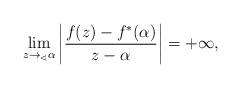
LaTeX: \begin{align*}\lim_{z\rightarrow_{\sphericalangle}\alpha}\left|\frac{f(z)-f^*(\alpha)}{z-\alpha}\right|=+\infty,\end{align*}